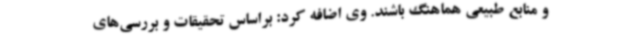
و منابع طبیعی هماهنگ باشند.‌ وی اضافه کرد:‌ براساس تحقیقات و بررسی‌های